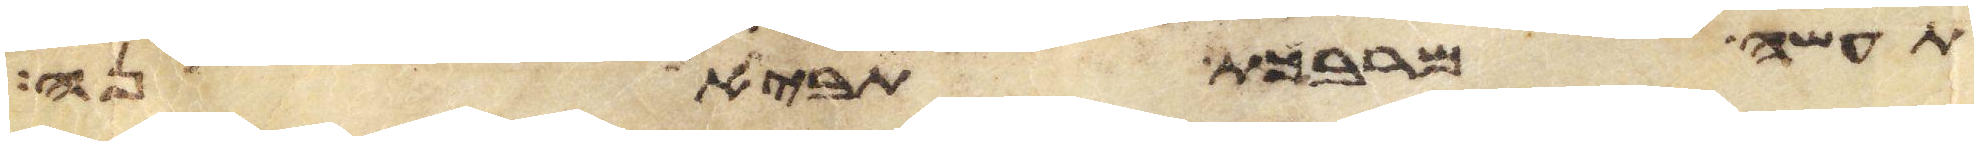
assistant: תעשה מרבכת תביאנה